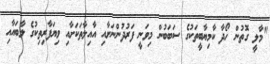
"މާލީ ގޮތުން ހޯދާ ކާމިޔާބީތަކުގެ ސަބަބުން މިވަނީ ފަރުދުންނަށާއި އާއިލާތަކަށާއި ވިޔަފާރިތިކުގެ ލާބައާއި